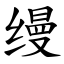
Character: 缦